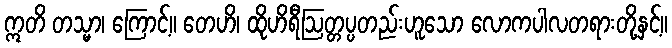
ဣတိ တသ္မာ၊ ကြောင့်။ တေဟိ၊ ထိုဟိရီဩတ္တပ္ပတည်းဟူသော လောကပါလတရားတို့နှင့်။